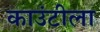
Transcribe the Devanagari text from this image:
काउंटीला